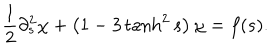
LaTeX: \frac { 1 } { 2 } \partial _ { s } ^ { 2 } \chi + \left( 1 - 3 \tanh ^ { 2 } s \right) \chi = f ( s ) .